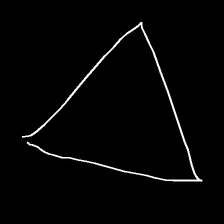
Glyph: convergence